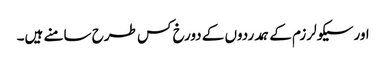
اورسیکولرزم کے ہمدردوں کے دورخ کس طرح سامنے ہیں۔